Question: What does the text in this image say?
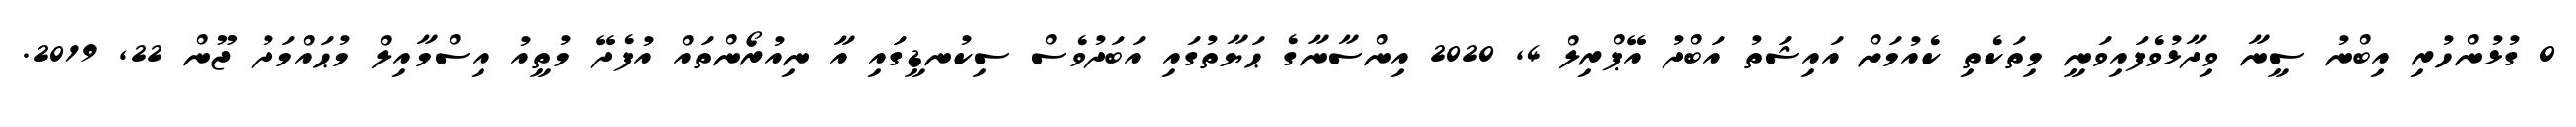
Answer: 0 ގުޅުންހުރި އިބްނު ސީނާ ވިދާޅުވެފައިވަނީ މިތަކެތި ކެއުމަށް އައިޝަތު އަބްދު އޭޕްރިލް 4, 2020 އިންސާނާގެ ޙަޔާތުގައި އަބަދުވެސް ސިކުނޑީގައި އާ ނިއުރޯންތައް އުފެދޭ މުތީއު އިސްމާއިލް މުޙައްމަދު ޖޫން 22, 2019.